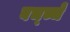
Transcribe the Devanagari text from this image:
बच्च्चे